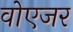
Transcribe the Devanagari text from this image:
वोएजर